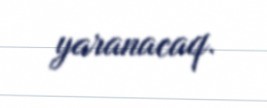
yaranacaq.